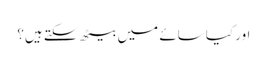
اور کیا سائے میں بیٹھ سکتے ہیں؟